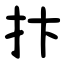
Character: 抃